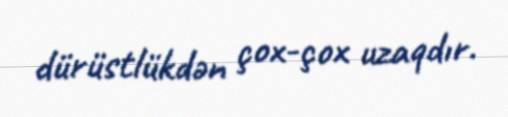
dürüstlükdən çox-çox uzaqdır.